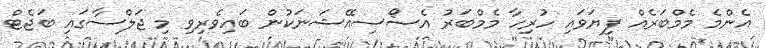
އެންމެ މެމްބަރެއް ފިޔަވައި ހުރިހާ މެމްބަރު އެސޯސިއޭޝަނަކުން ބައިވެރިވި މި ޖަލްސާގައި ބަޖެޓް